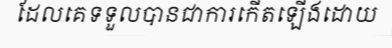
ដែលគេទទួលបានជាការកើតឡើងដោយ